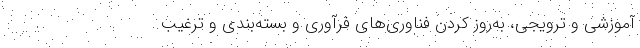
آموزشی و ترویجی، به‌روز کردن فناوری‌های فرآوری و بسته‌بندی و ترغیب